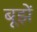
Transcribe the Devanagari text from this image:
बूझें